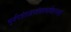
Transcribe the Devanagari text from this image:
भूर्जपत्रंताडपत्रंसप्तधावेष्टनंस्मृतं